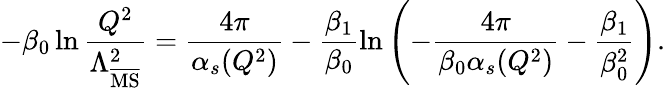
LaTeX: -\beta_{0}\ln\frac{Q^{2}}{\Lambda_{\overline{{\mathrm{MS}}}}^{2}}=\frac{4\pi}{\alpha_{s}(Q^{2})}-\frac{\beta_{1}}{\beta_{0}}\ln\left(-\frac{4\pi}{\beta_{0}\alpha_{s}(Q^{2})}-\frac{\beta_{1}}{\beta_{0}^{2}}\right).